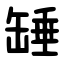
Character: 䍋